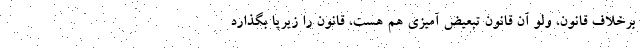
برخلاف قانون، ولو آن قانون تبعیض آمیزی هم هست، قانون را زیرپا بگذارد